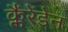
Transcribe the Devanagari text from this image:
क्लैंरेंडेन